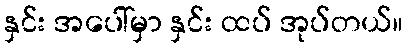
နှင်း အပေါ်မှာ နှင်း ထပ် အုပ်တယ်။